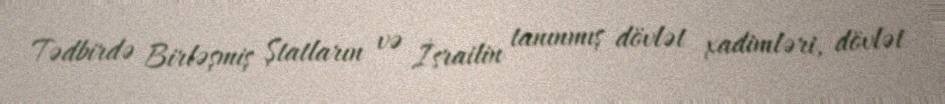
Tədbirdə Birləşmiş Ştatların və İsrailin tanınmış dövlət xadimləri, dövlət